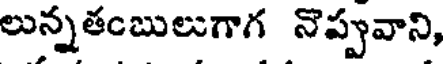
లున్నతంబులుగాగ నొప్పువాని,